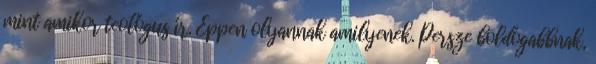
mint amikor teológus ír. Éppen olyannak amilyenek. Persze boldogabbnak,